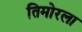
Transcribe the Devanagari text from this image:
तिमोरला